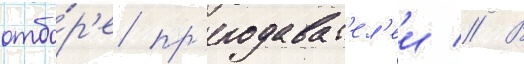
отбо́р'е пр'еподават'ел'еи // В